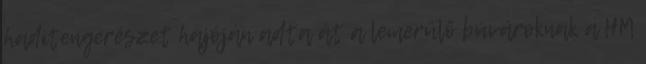
haditengerészet hajóján adta át a lemerülő búvároknak a HM